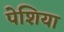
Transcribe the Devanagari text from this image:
पेशिया